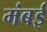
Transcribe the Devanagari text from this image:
मंबई